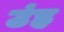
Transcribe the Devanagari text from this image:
उंह